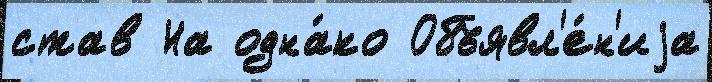
став На одна́ко Объявл'е́н'иjа